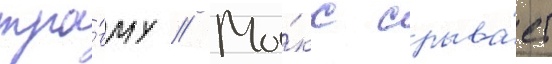
тра́вму // Ма́кс срыва́ет